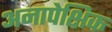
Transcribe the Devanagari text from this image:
अनापेक्षिक